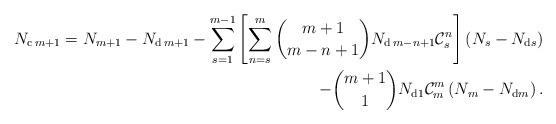
LaTeX: \begin{align*}N_{\mathrm{c}\,m+1}=N_{m+1}-N_{\mathrm{d}\,m+1}-\sum_{s=1}^{m-1}\left[\sum_{n=s}^{m}\binom{m+1}{m-n+1}N_{\mathrm{d}\,m-n+1}\mathcal{C}_{s}^{n}\right]\left(N_{s}-N_{\mathrm{d}s}\right) \\ -\binom{m+1}{1}N_{\mathrm{d}1}\mathcal{C}_{m}^{m}\left(N_{m}-N_{\mathrm{d}m}\right).\end{align*}